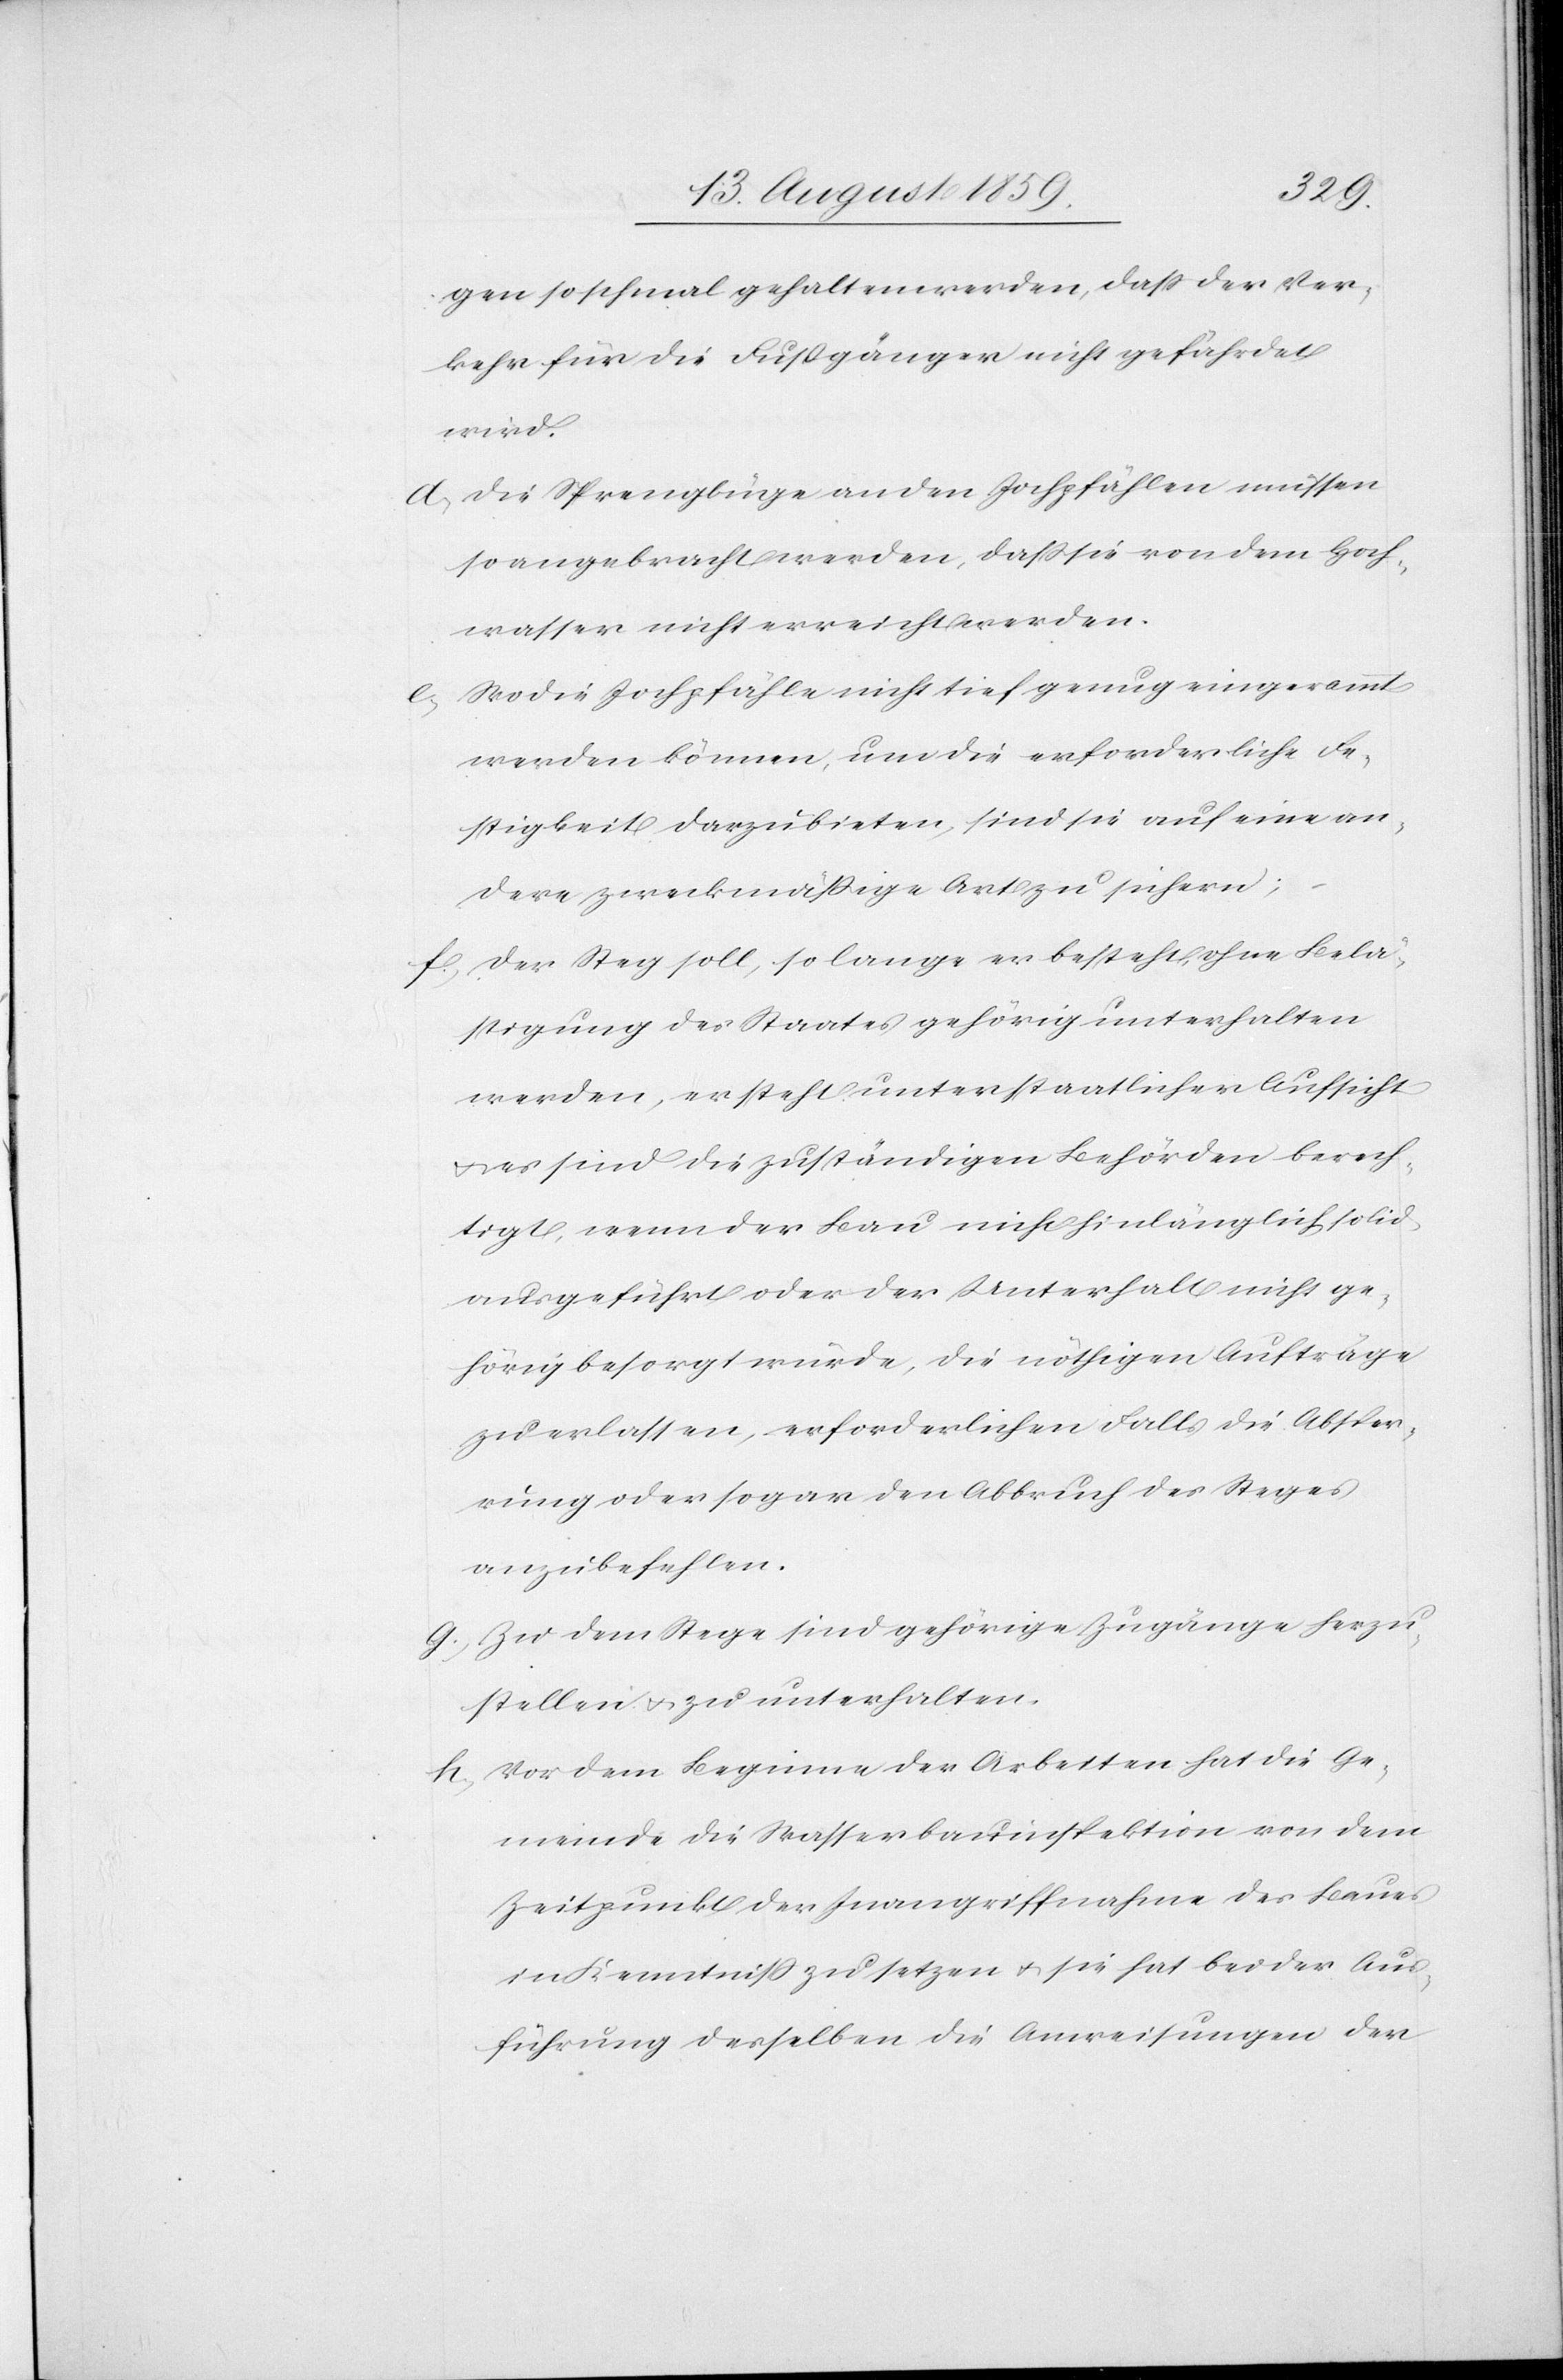
gen so schmal gehalten werden, daß der Ver¬
kehr für die Fußgänger nicht gefährdet
wird.
d. die Sprengbüge an den Jochpfählen müssen
so angebracht werden, daß sie von dem Hoch¬
wasser nicht erreicht werden.
e. Wo die Jochpfähle nicht tief genug eingerammt
werden können, um die erforderliche Fe¬
stigkeit darzubieten, sind sie auf eine an¬
dere zweckmäßige Art zu sichern;
f. der Steg soll, so lange er besteht, ohne Belä¬
stigung des Staates gehörig unterhalten
werden, er steht unter staatlicher Aufsicht
es sind die zuständigen Behörden berech¬
tigt, wenn der Bau nicht hinlänglich solid
ausgeführt oder der Unterhalt nicht ge¬
hörig besorgt würde, die nöthigen Aufträge
zu erlassen, erforderlichen Falls die Absper¬
rung oder sogar den Abbruch des Steges
anzubefehlen.
g. Zu dem Stege sind gehörige Zugänge herzu¬
stellen u. zu unterhalten.
h. Vor dem Beginne der Arbeiten hat die Ge¬
meinde die Wasserbauinspektion von dem
Zeitpunkt der Inangriffnahme des Baues
in Kenntniß zu setzen u. sie hat bei der Aus¬
führung desselben die Anweisungen der